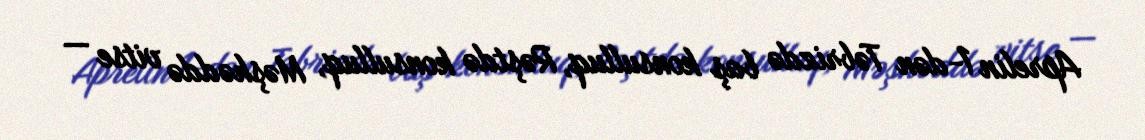
Aprelin 1-dən Təbrizdə baş konsulluq, Rəştdə konsulluq, Məşhəddə vitse —